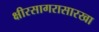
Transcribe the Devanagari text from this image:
क्षीरसागरासारखा